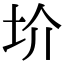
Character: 圿